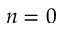
n = 0